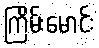
ကြိမ်းမောင်း